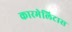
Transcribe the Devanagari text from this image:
कारमेलिटास